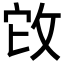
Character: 𢼊